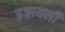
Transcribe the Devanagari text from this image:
इज्रायली